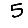
Digit: 5